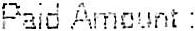
PAID AMOUNT :